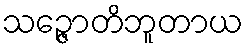
သဉ္ဇောတိဘူတာယ